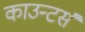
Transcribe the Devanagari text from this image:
काउन्टर्स